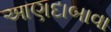
આણદાબાવા